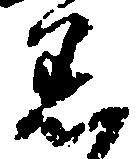
着